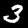
Label: 3